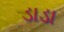
ડાડા